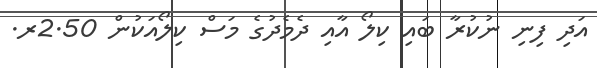
އަދި ފިނި ނުކުރާ ބައި ކިލޯ އާއި ދެމެދުގެ މަސް ކިލޯއަކުން 2.50ރ.